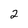
Character: 2